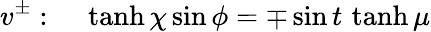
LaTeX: v^{\pm}:~~~~\operatorname{tanh}\chi\sin\phi=\mp\sin t\, \operatorname{tanh}\mu